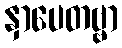
နှာပေတဗ္ဗာ